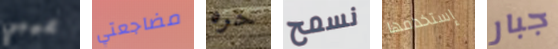
عيبي مضاجعتي حره نسمح إستخدامها جبار